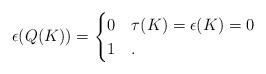
LaTeX: \begin{align*} \epsilon(Q(K)) =\begin{cases}0 & \tau(K) = \epsilon(K) = 0 \\1 & .\end{cases}\end{align*}